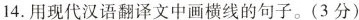
14.用现代汉语翻译文中画横线的句子。(3分)